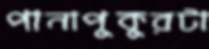
পানাপুকুরটা